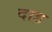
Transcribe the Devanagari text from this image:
दाड